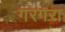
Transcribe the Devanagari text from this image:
गरगरा